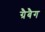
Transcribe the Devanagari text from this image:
ग्रैबैग